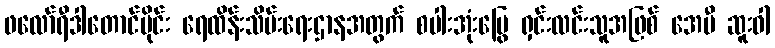
ဖလော်ရီဒါတောင်ပိုင်း ရေထိန်းသိမ်းရေးဌာနအတွက် စပါးအုံးမြွေ ရှင်းလင်းသူအဖြစ် အေမီ ဆူးဝါ